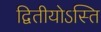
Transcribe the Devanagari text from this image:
द्वितीयोऽस्ति